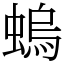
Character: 螐